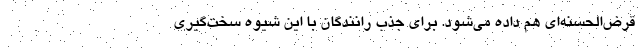
قرض‌الحسنه‌ای هم داده می‌شود. برای جذب رانندگان با این شیوه سخت‌گیری